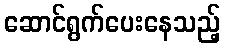
ဆောင်ရွက်ပေးနေသည့်